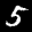
Label: 5